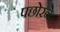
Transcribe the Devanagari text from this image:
पछोरने